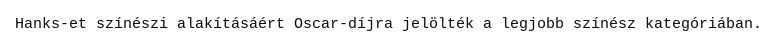
Hanks-et színészi alakításáért Oscar-díjra jelölték a legjobb színész kategóriában.